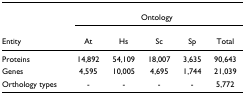
<table><thead><tr><td></td><td colspan="5"><b>Ontology</b></td></tr><tr><td><b>Entity</b></td><td><b>At</b></td><td><b>Hs</b></td><td><b>Sc</b></td><td><b>Sp</b></td><td><b>Total</b></td></tr></thead><tbody><tr><td>Proteins</td><td>14,892</td><td>54,109</td><td>18,007</td><td>3,635</td><td>90,643</td></tr><tr><td>Genes</td><td>4,595</td><td>10,005</td><td>4,695</td><td>1,744</td><td>21,039</td></tr><tr><td>Orthology types</td><td>-</td><td>-</td><td>-</td><td>-</td><td>5,772</td></tr></tbody></table>